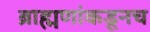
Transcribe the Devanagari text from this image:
ब्राह्मणांकडूनच